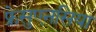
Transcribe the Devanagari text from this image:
फ्रेसुएनसिया